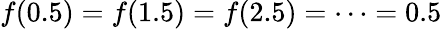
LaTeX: f(0.5)=f(1.5)=f(2.5)=\cdots=0.5